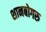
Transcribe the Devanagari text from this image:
शानबोगरु